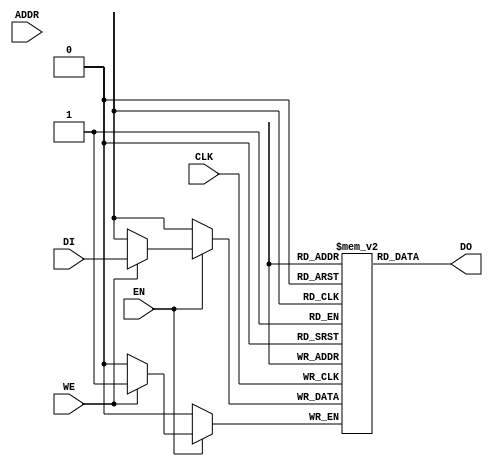

// Copyright (c) 2000-2009 Bluespec, Inc.

// Permission is hereby granted, free of charge, to any person obtaining a copy
// of this software and associated documentation files (the "Software"), to deal
// in the Software without restriction, including without limitation the rights
// to use, copy, modify, merge, publish, distribute, sublicense, and/or sell
// copies of the Software, and to permit persons to whom the Software is
// furnished to do so, subject to the following conditions:

// The above copyright notice and this permission notice shall be included in
// all copies or substantial portions of the Software.

// THE SOFTWARE IS PROVIDED "AS IS", WITHOUT WARRANTY OF ANY KIND, EXPRESS OR
// IMPLIED, INCLUDING BUT NOT LIMITED TO THE WARRANTIES OF MERCHANTABILITY,
// FITNESS FOR A PARTICULAR PURPOSE AND NONINFRINGEMENT. IN NO EVENT SHALL THE
// AUTHORS OR COPYRIGHT HOLDERS BE LIABLE FOR ANY CLAIM, DAMAGES OR OTHER
// LIABILITY, WHETHER IN AN ACTION OF CONTRACT, TORT OR OTHERWISE, ARISING FROM,
// OUT OF OR IN CONNECTION WITH THE SOFTWARE OR THE USE OR OTHER DEALINGS IN
// THE SOFTWARE.
//
// $Revision: 17872 $
// $Date: 2009-09-18 14:32:56 +0000 (Fri, 18 Sep 2009) $

`ifdef BSV_ASSIGNMENT_DELAY
`else
 `define BSV_ASSIGNMENT_DELAY
`endif

// Single-Ported BRAM with byte enables and ability to load from file
module BRAM1BELoad(CLK,
                   EN,
                   WE,
                   ADDR,
                   DI,
                   DO
                   );

   // synopsys template
   parameter                      FILENAME   = "";
   parameter                      PIPELINED  = 0;
   parameter                      ADDR_WIDTH = 1;
   parameter                      DATA_WIDTH = 1;
   parameter                      CHUNKSIZE  = 1;
   parameter                      WE_WIDTH   = 1;
   parameter                      MEMSIZE    = 1;
   parameter                      BINARY     = 0;

   input                          CLK;
   input                          EN;
   input [WE_WIDTH-1:0]           WE;
   input [ADDR_WIDTH-1:0]         ADDR;
   input [DATA_WIDTH-1:0]         DI;
   output [DATA_WIDTH-1:0]        DO;

   reg [DATA_WIDTH-1:0]           RAM[0:MEMSIZE-1];
   reg [ADDR_WIDTH-1:0]           ADDR_R;
   reg [DATA_WIDTH-1:0]           DO_R;

   reg [DATA_WIDTH-1:0]           DATA;
   wire [DATA_WIDTH-1:0]          DATAwr;

   assign DATAwr = RAM[ADDR] ;

   // synopsys translate_off
   initial
   begin : init_block
`ifdef BSV_NO_INITIAL_BLOCKS
`else
      integer i;
      for (i = 0; i <= MEMSIZE; i = i + 1) begin
         RAM[i] = { ((DATA_WIDTH+1)/2) { 2'b10 } };
      end
      ADDR_R = { ((ADDR_WIDTH+1)/2) { 2'b10 } };
      DO_R = { ((DATA_WIDTH+1)/2) { 2'b10 } };
`endif // !`ifdef BSV_NO_INITIAL_BLOCKS
      if (BINARY)
        $readmemb(FILENAME, RAM, 0, MEMSIZE-1);
      else
        $readmemh(FILENAME, RAM, 0, MEMSIZE-1);
   end
   // synopsys translate_on

   // iverilog does not support the full verilog-2001 language.  This fixes that for simulation.
`ifdef __ICARUS__
   reg [DATA_WIDTH-1:0] MASK, IMASK;

   always @(WE or DI or DATAwr) begin : combo1
      integer j;
      MASK  = 0;
      IMASK = 0;

      for(j = WE_WIDTH-1; j >= 0; j = j - 1) begin
         if (WE[j]) MASK = (MASK << 8) | { { DATA_WIDTH-CHUNKSIZE { 1'b0 } }, { CHUNKSIZE { 1'b1 } } };
         else       MASK = (MASK << 8);
      end
      IMASK = ~MASK;

      DATA = (DATAwr & IMASK) | (DI & MASK);
   end

`else
   always @(WE or DI or DATAwr) begin : combo1
      integer j;
      // DATA = 0; // While this line is better coding sytle, it leads to incorrect synthsis for some tools
      for(j = 0; j < WE_WIDTH; j = j + 1) begin
         if (WE[j]) DATA[j*CHUNKSIZE +: CHUNKSIZE] = DI[j*CHUNKSIZE +: CHUNKSIZE];
         else       DATA[j*CHUNKSIZE +: CHUNKSIZE] = DATAwr[j*CHUNKSIZE +: CHUNKSIZE];
      end
   end
`endif // !`ifdef __ICARUS__

   always @(posedge CLK) begin
      if (EN) begin
         if (|WE)
           RAM[ADDR] <= `BSV_ASSIGNMENT_DELAY DATA;
         ADDR_R    <= `BSV_ASSIGNMENT_DELAY ADDR;
      end
      DO_R      <= `BSV_ASSIGNMENT_DELAY RAM[ADDR_R];
   end

   assign DO = (PIPELINED) ? DO_R : RAM[ADDR_R];

endmodule // BRAM1BELoad